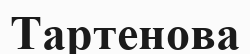
Тартенова